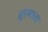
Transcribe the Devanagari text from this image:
सुरमाला